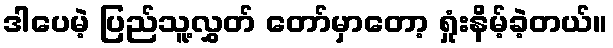
ဒါပေမဲ့ ပြည်သူ့လွှတ် တော်မှာတော့ ရှုံးနိမ့်ခဲ့တယ်။